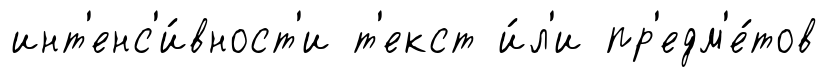
инт'енс'и́вност'и т'екст и́л'и пр'едм'е́тов